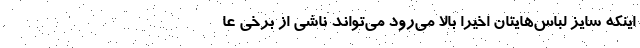
اینکه سایز لباس‌هایتان اخیرا بالا می‌رود می‌تواند ناشی از برخی عا